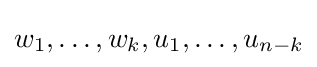
w_{1},\ldots ,w_{k},u_{1},\ldots ,u_{n-k}